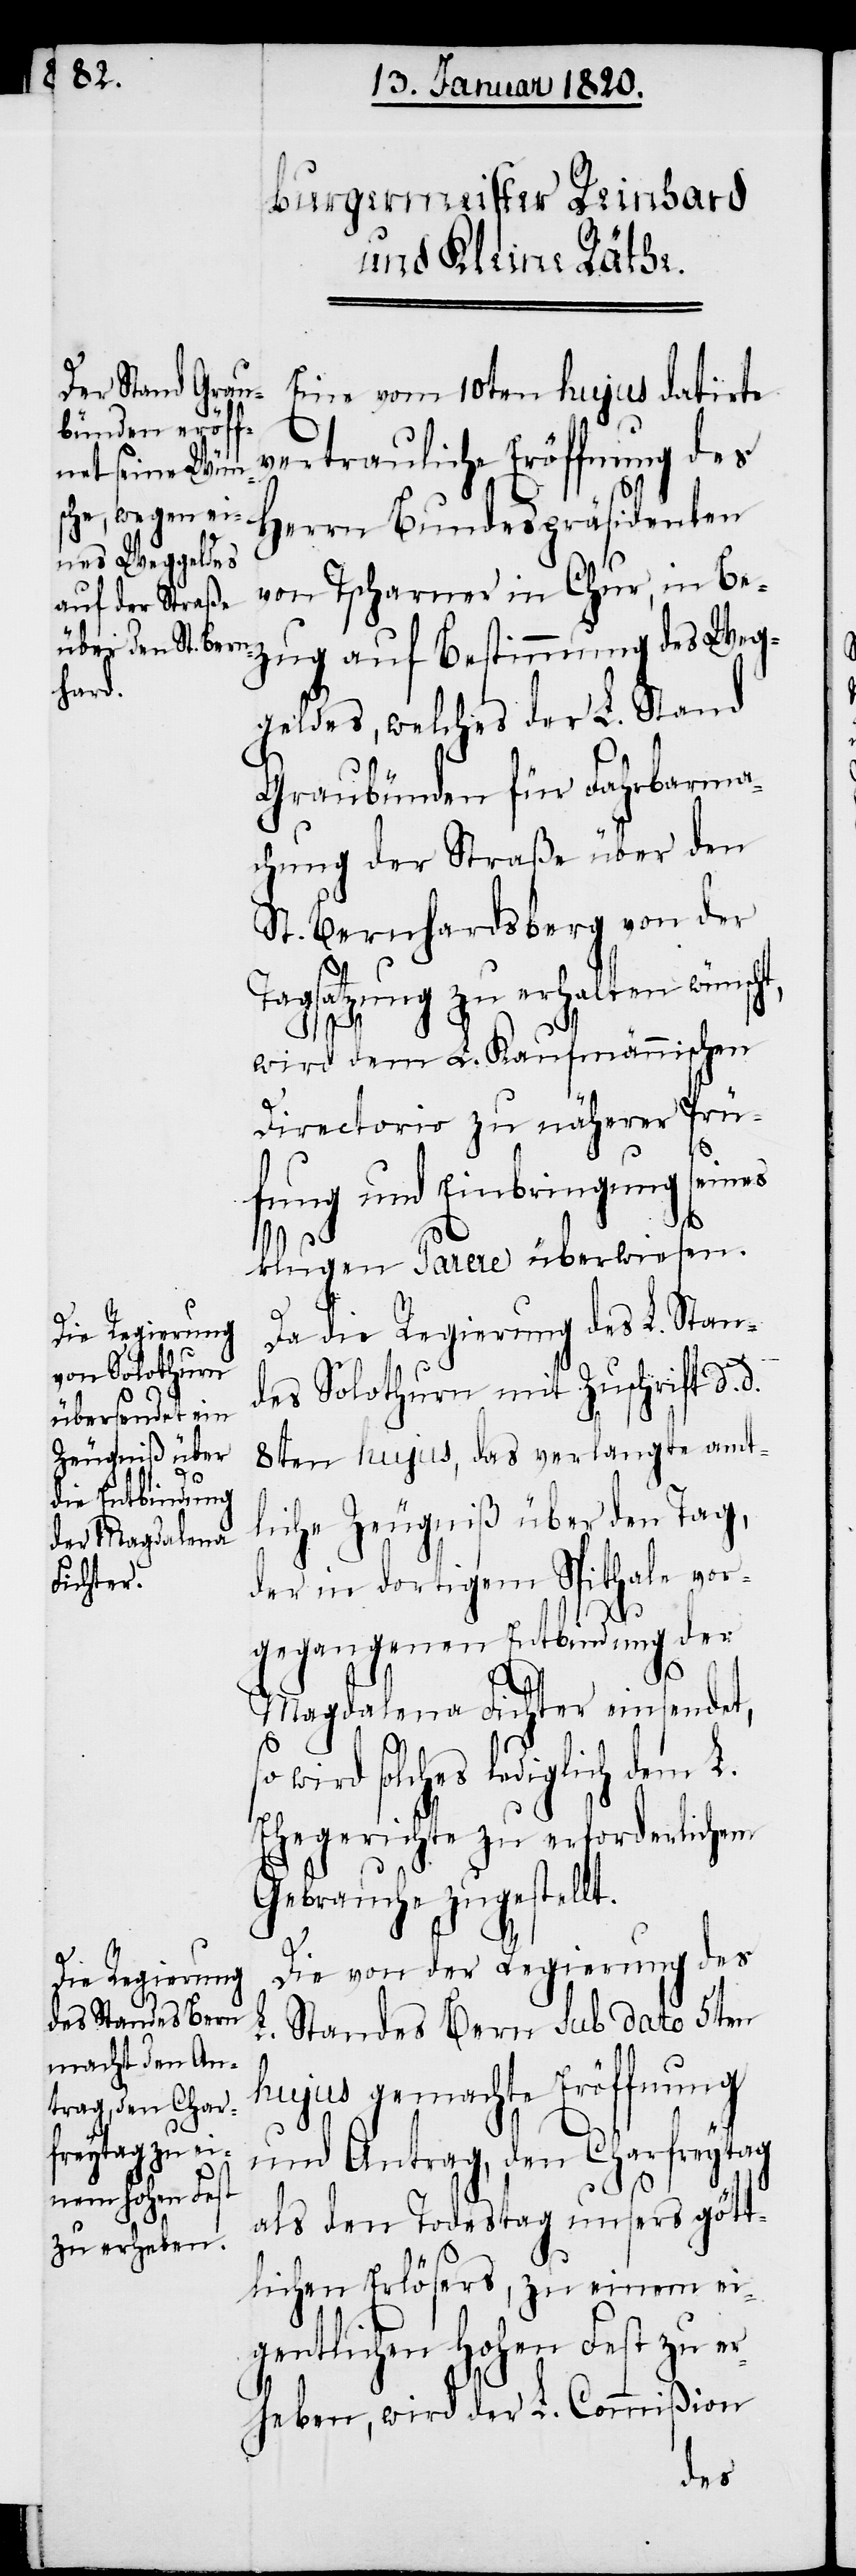
Eine vom 10ten hujus datirte
vertrauliche Eröffnung des
Herrn Bundespräsidenten
von Tscharner in Chur, in Be¬
geldes, welches der L. Stand
Graubünden für Fahrbarma¬
chung der Straße über den
St. Bernhardsberg von der
Tagsatzung zu erhalten wünscht,
s¬
wird dem L. Kaufmännischen
Weg¬
Directorio zu näherer Prü¬
fung und Einbringung seines
klugen Parere überwiesen.
Da die Regierung des L. Stan¬
des Solothurn mit Zuschrift d d
8ten hujus, das verlangte amt¬
liche Zeugniß über den Tag,
der in dortigem Spithale vor¬
gegangenen Entbindung der
Magdalena Fichter einsendet,
o wird solches lediglich dem L.
Ehegerichte zu erforderlichem
Gebrauche zugestellt.
Die von der Regierung des
L. Standes Bern sub dato 5ten
hujus gemachte Eröffnung
und Antrag, den Charfreytag
als den Todestag unsers gött¬
lichen Erlösers, zu einem ei¬
gentlichen Hohen Fest zu er¬
heben, wird der L. Commißion
des